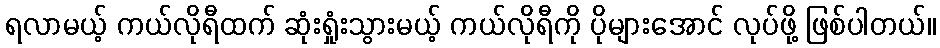
ရလာမယ့် ကယ်လိုရီထက် ဆုံးရှုံးသွားမယ့် ကယ်လိုရီကို ပိုများအောင် လုပ်ဖို့ ဖြစ်ပါတယ်။